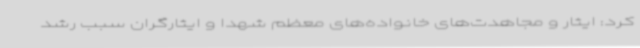
کرد: ایثار و مجاهدت‌های خانواده‌های معظم شهدا و ایثارگران سبب رشد